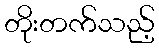
တိုးတက်သည့်